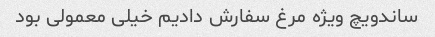
ساندویچ ویژه مرغ سفارش دادیم خیلی معمولی بود